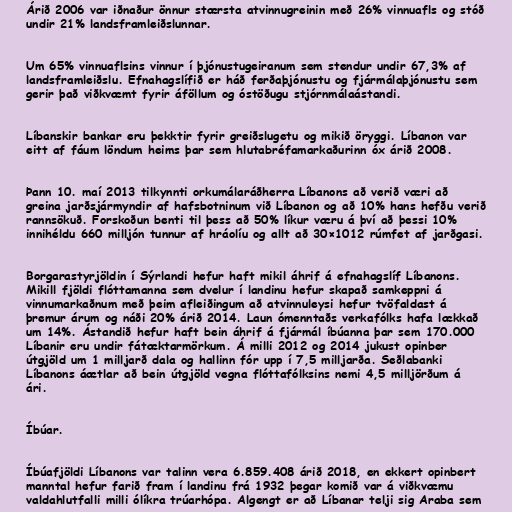
Árið 2006 var iðnaður önnur stærsta atvinnugreinin með 26% vinnuafls og stóð
undir 21% landsframleiðslunnar.

Um 65% vinnuaflsins vinnur í þjónustugeiranum sem stendur undir 67,3% af
landsframleiðslu. Efnahagslífið er háð ferðaþjónustu og fjármálaþjónustu sem
gerir það viðkvæmt fyrir áföllum og óstöðugu stjórnmálaástandi.

Líbanskir bankar eru þekktir fyrir greiðslugetu og mikið öryggi. Líbanon var
eitt af fáum löndum heims þar sem hlutabréfamarkaðurinn óx árið 2008.

Þann 10. maí 2013 tilkynnti orkumálaráðherra Líbanons að verið væri að
greina jarðsjármyndir af hafsbotninum við Líbanon og að 10% hans hefðu verið
rannsökuð. Forskoðun benti til þess að 50% líkur væru á því að þessi 10%
innihéldu 660 milljón tunnur af hráolíu og allt að 30×1012 rúmfet af jarðgasi.

Borgarastyrjöldin í Sýrlandi hefur haft mikil áhrif á efnahagslíf Líbanons.
Mikill fjöldi flóttamanna sem dvelur í landinu hefur skapað samkeppni á
vinnumarkaðnum með þeim afleiðingum að atvinnuleysi hefur tvöfaldast á
þremur árum og náði 20% árið 2014. Laun ómenntaðs verkafólks hafa lækkað
um 14%. Ástandið hefur haft bein áhrif á fjármál íbúanna þar sem 170.000
Líbanir eru undir fátæktarmörkum. Á milli 2012 og 2014 jukust opinber
útgjöld um 1 milljarð dala og hallinn fór upp í 7,5 milljarða. Seðlabanki
Líbanons áætlar að bein útgjöld vegna flóttafólksins nemi 4,5 milljörðum á
ári.

Íbúar.

Íbúafjöldi Líbanons var talinn vera 6.859.408 árið 2018, en ekkert opinbert
manntal hefur farið fram í landinu frá 1932 þegar komið var á viðkvæmu
valdahlutfalli milli ólíkra trúarhópa. Algengt er að Líbanar telji sig Araba sem